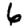
Digit: 6